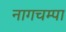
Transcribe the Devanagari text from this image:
नागचम्पा